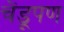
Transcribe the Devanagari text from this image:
चेंडूपण